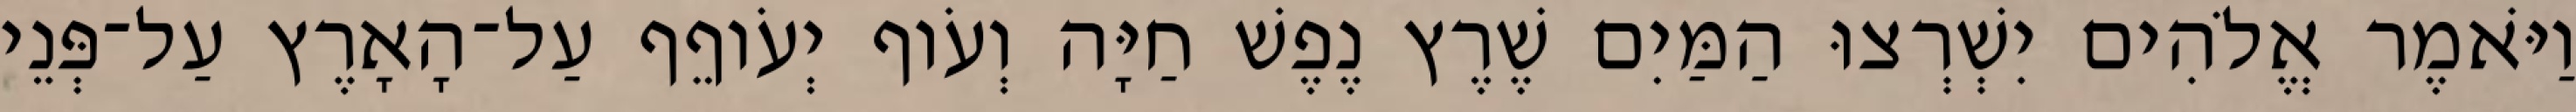
וַיֹּאמֶר אֱלֹהִים יִשְׁרְצוּ הַמַּיִם שֶׁרֶץ נֶפֶשׁ חַיָּה וְעֹוף יְעֹוףֵף עַל־הָאָרֶץ עַל־פְּנֵי